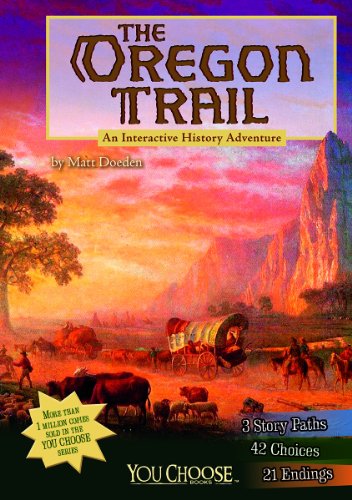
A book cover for The Oregon Trail: An Interactive History Adventure (You Choose: History); Matt Doeden; Children's Books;